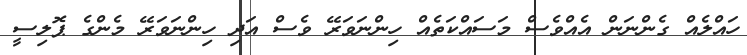
ހައްލެއް ގެންނަން އެއްވެސް މަސައްކަތެއް ހިންނަވަރޭ ވެސް އަދި ހިންނަވަރޭ މެންގެ ޕޮލިސީ